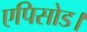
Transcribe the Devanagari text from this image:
एपिसोड।